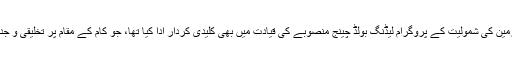
جناب میک کال نے رضاکارانہ بنیاد پر ملازمین کی شمولیت کے پروگرام لیڈنگ بولڈ چینج منصوبے کی قیادت میں بھی کلیدی کردار ادا کیا تھا، جو کام کے مقام پر تخلیقی و جدت طرازی کے حل کے لیے استعمال کیا گیا۔